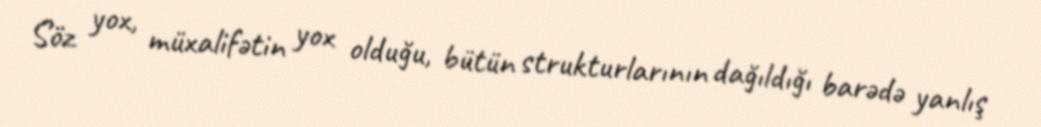
Söz yox, müxalifətin yox olduğu, bütün strukturlarının dağıldığı barədə yanlış